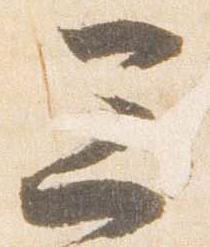
三